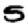
Digit: 5